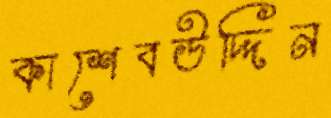
কাশেবউদ্দিন